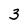
Character: 3